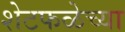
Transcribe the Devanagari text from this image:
शेटफळेच्या